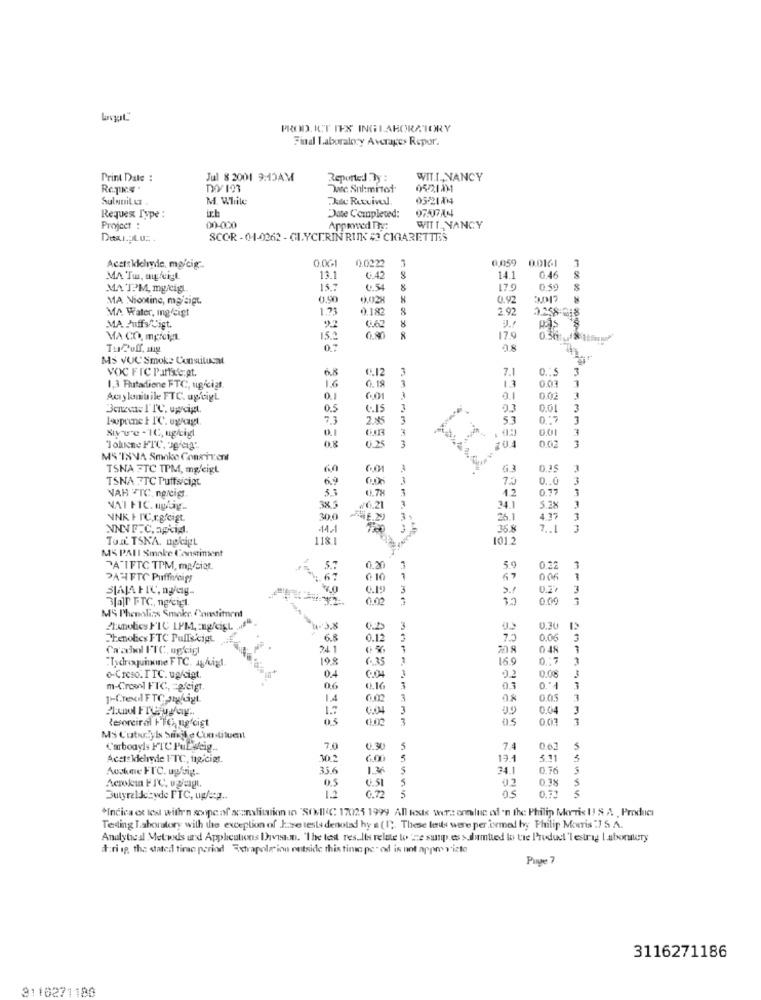
PROD. ICT IES INGLABORATORY
Find Laboraloxy Averages Repor.
Print Date :
Jul 8 2001 9:15AM
Reported By :
WIT.T ., NANCY
Dec. Sul:mitof
0521111
Sulnuit Lt
M. While
AuRutvivel
05-21814
ich
Requex Type :
Date Completed:
Project :
00-000
Apprwed Try:
WITT _, NANCY
SCOR -01-0262 - GLYCERIN RUNK # CIGARETTES
0.06-1
0.0222
3
0,059 0.0161
Acctsklelide, mocig-
MA Tu, auftigt
13.1
6.42
14.1
0.46
MA TPM, mocig.
15.7
0.54
179
0.59
MA Niontine, maisigt
0,90
0.02
0.92
MA Water, mgfeigt
0.182
8
2.92
20
MA Puffs Cigt.
MA CO, mgrcipL
15.2
17.9
050
1 00 9 39010036
TuPuff, mg
08
Ms VUC Smoke Constitusal
VOC FIC Paffse.pt.
6.8
6.12
3
7.1
0.15
3
1.6
6.15
3
13
0.03
1,3 Butadiene FTC, ugkiat.
Amy lemnitrile FTC. uptigL
0.1
0.02
3
0.5
(.15
1
03
0,01
lowprinet 1C. ugraagt.
7.3
2.45
3
53
3
0.01
3
Xiyue - 1C, ugligt
3
3
"lohicne FTC, 3g/tag".
0.8
0.25
20.4
002
MS TXNA Smoke Conriven
TSNA FTC TPM, mgcigt
G 3
0.35
3
TSNA FTC PuffsiciAt
6.9
0 .. 0
3
0.7%
3
12
0,77
VAR TTC, ng/cig.
VAI FIC. ugly ..
3×3
#6.21
34.1
5.38
3
NNK F PC,r.gfcigt
30.0
Ri
3
25.1
4.37
1.1
35.8
7 .. 1
TOIL TSNA, nokigt
1181
1012
MS PAII Smoke Consriment
--
PATIFTC TPM, mp/siat.
5.
0.20
5.
0.22
PAYFTC Puffneigy
67
0 10
67
0 0€
0.19
3
2.1
3
Blar FTC, ng/ciel.
0.00
3
M5 Phenolits Smoke, Constituent
Planolies FIC LPM, : ngfcigt
0.30
Thenotes FTC Pullscigt
6.8
0.12
3
73
0.06
3
Ca'schol FTC, ugcigl
0 48
-
198
6. 35
150
0.17
0.4
o-Creso.ITC. ugligt.
0.04
0.08
m-Crownl FTC, = gfcigt.
0.6
0.16
3
03
1.4
0.02
3
4.8
0.0.5
1.7
3
0.04
Resoreiral FFC, ugfcigt
3
0.013
1
Ms Cutuuchy Is brikit e Constituent
C'arboavls FTC PuEseig ..
7,0
0.30
5
7.4
0.62
Acsteldchede ITC, tig,ciet.
30.2
5
13.1
5.11
Aochme FTC. ugfrig.
35.6
13
5
0.76
3
0.5
0,38
12
5
5
Butyreldceyde FTC, ug/og ..
0.72
*Indica et les with'n scope of scanslitation in "SOIC 17025 1999 All tests were ernluc of 'n the Philip Morris U S A Product
Testing Laboratory with the exception of Jaze tests denoted hy a (1). These les were performed byy Philip Morris :7 S. A.
Analytical Metwds und Applications Ihavean. "The test results relate to 'ze surpp.es >dumtied lo tre Product 'lestrag laboralery
at:ri ip, the stated time period Extrapolation outside this time per od is ont appreviste
Page 7
3116271186
3110271180